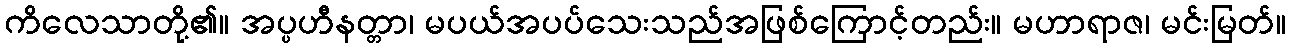
ကိလေသာတို့၏။ အပ္ပဟီနတ္တာ၊ မပယ်အပပ်သေးသည်အဖြစ်ကြောင့်တည်း။ မဟာရာဇ၊ မင်းမြတ်။